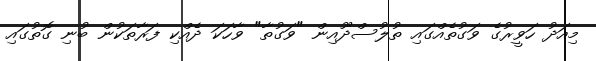
މިއަދު ހަވީރުގެ ވަގުތެއްގައި ތުލުސްދޫއިން "ވަގުތާ" ވާހަކަ ދެއްކި ފަރާތަކުން ބުނި ގޮތުގައި